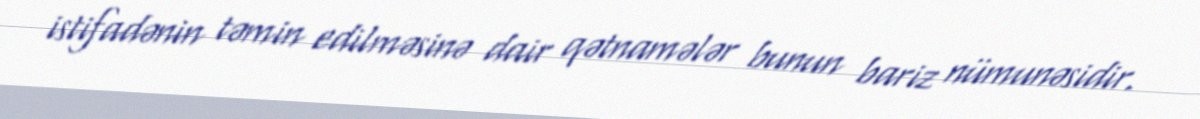
istifadənin təmin edilməsinə dair qətnamələr bunun bariz nümunəsidir.